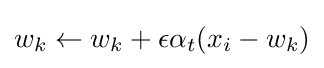
w_{k}\leftarrow w_{k}+\epsilon \alpha _{t}(x_{i}-w_{k})